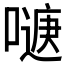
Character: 𭊹